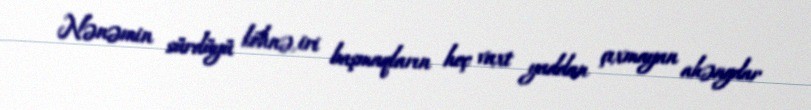
Nənəmin sürdüyü köhnə, iri başmaqların heç vaxt yaddan çıxmayan ahəngdar